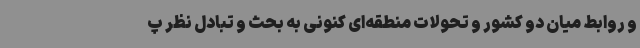
و روابط میان دو کشور و تحولات منطقه‌ای کنونی به بحث و تبادل نظر پ